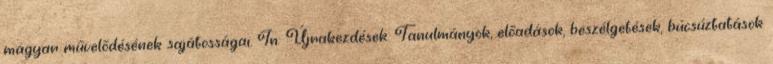
magyar művelődésének sajátosságai. In: Újrakezdések. Tanulmányok, előadások, beszélgetések, búcsúztatások